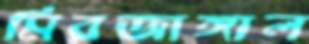
মিরজাঙ্গাল